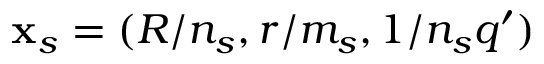
\mathbf { x } _ { s } = ( R / n _ { s } , r / m _ { s } , 1 / n _ { s } q ^ { \prime } )